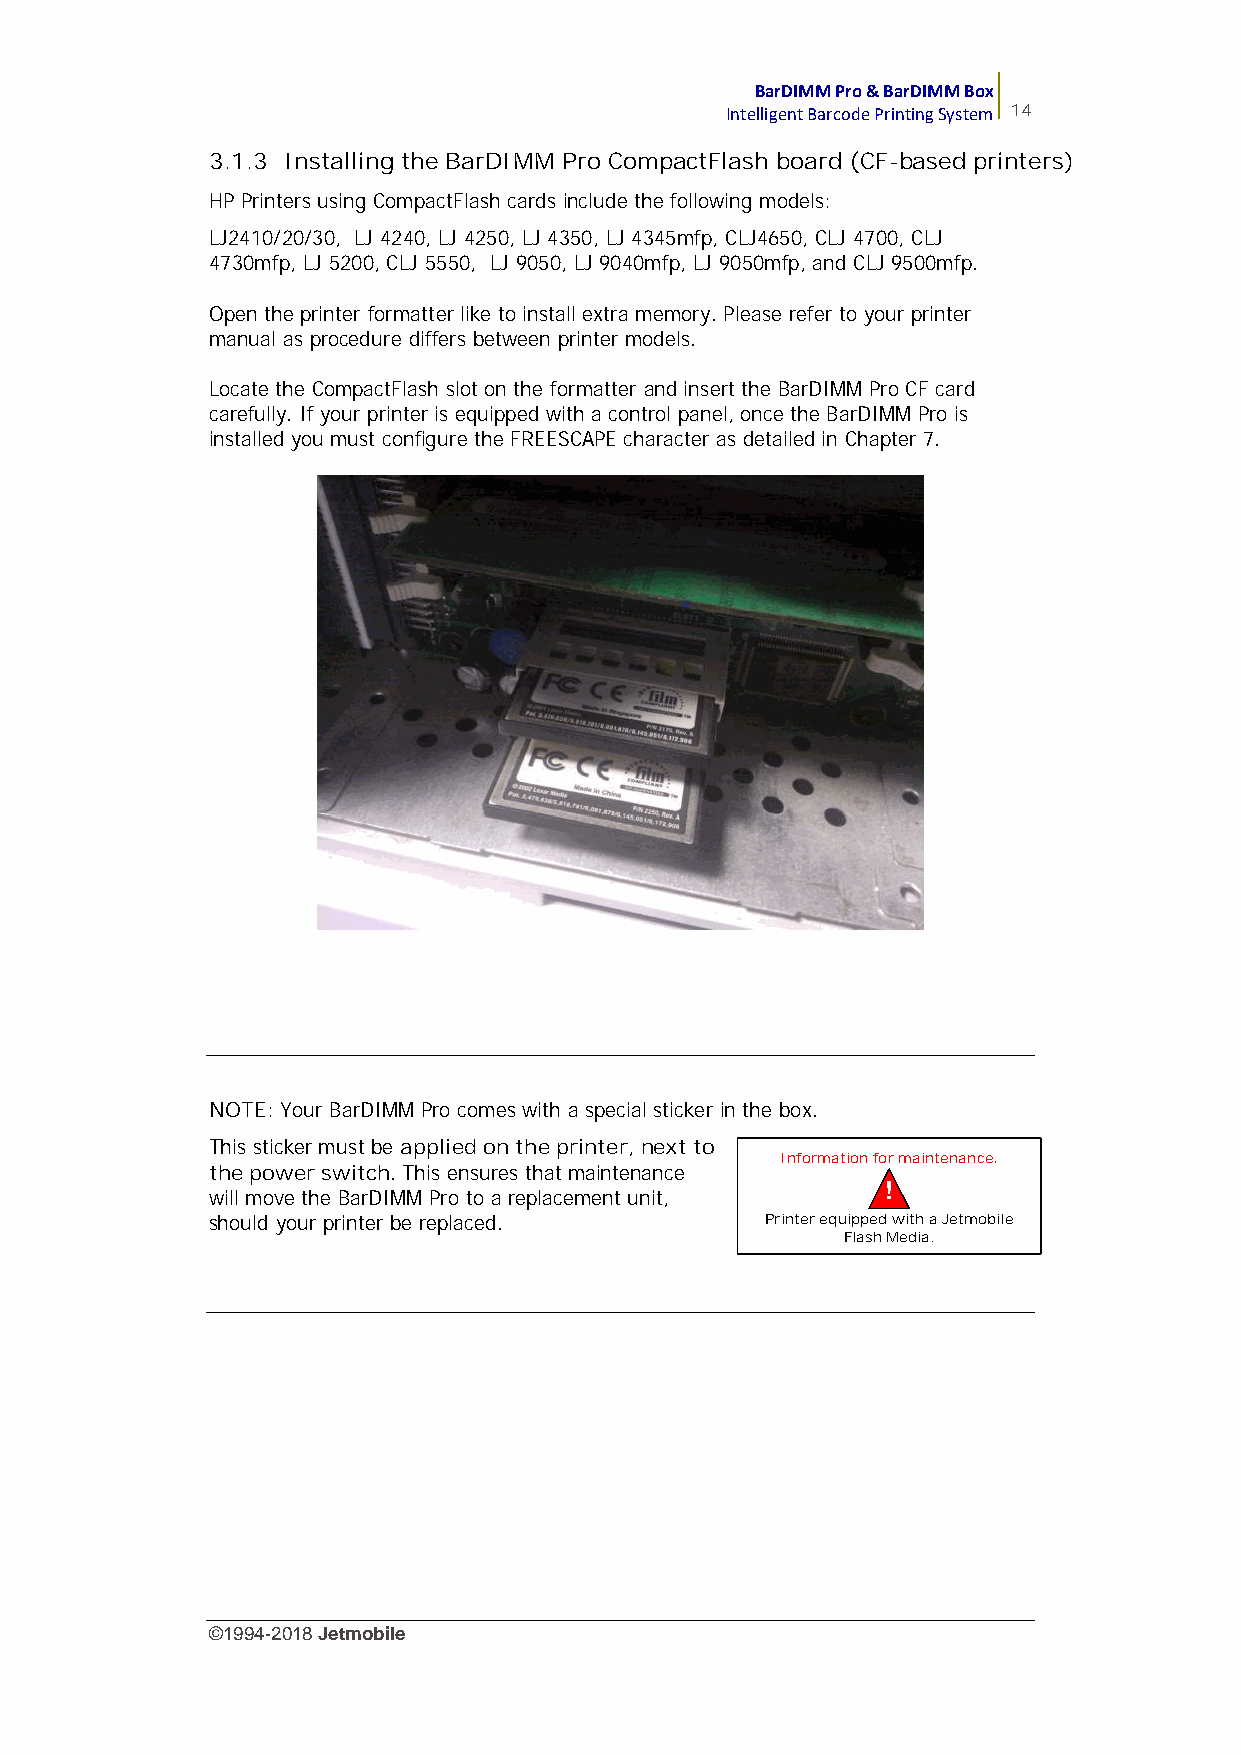
BarDIMM Pro & BarDIMM Box
 Intelligent Barcode Printing System 14
 3.1.3 Installing the BarDIMM Pro CompactFlash board (CF-based printers)
 HP Printers using CompactFlash cards include the following models:
 LJ2410/20/30, LJ 4240, LJ 4250, LJ 4350, LJ 4345mfp, CLJ4650, CLJ 4700, CLJ
 4730mfp, LJ 5200, CLJ 5550, LJ 9050, LJ 9040mfp, LJ 9050mfp, and CLJ 9500mfp.
 Open the printer formatter like to install extra memory. Please refer to your printer
 manual as procedure differs between printer models.
 Locate the CompactFlash slot on the formatter and insert the BarDIMM Pro CF card
 carefully. If your printer is equipped with a control panel, once the BarDIMM Pro is
 installed you must configure the FREESCAPE character as detailed in Chapter 7.
 NOTE: Your BarDIMM Pro comes with a special sticker in the box.
 This sticker must be applied on the printer, next to
 Information for maintenance.
 the power switch. This ensures that maintenance
 !
 will move the BarDIMM Pro to a replacement unit,
 should your printer be replaced.     Printer equipped with a Jetmobile
 Flash Media.
 www.jetmobile.com
 ©1994-2018Jetmobile
 E
 r
 r
 o